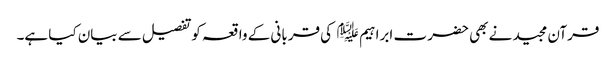
قرآن مجید نے بھی حضر ت ابراہیم ﷤ کی قربانی کے واقعہ کوتفصیل سے بیان کیا ہے۔